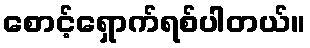
စောင့်ရှောက်ရစ်ပါတယ်။